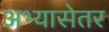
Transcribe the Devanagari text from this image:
अभ्यासेतर